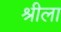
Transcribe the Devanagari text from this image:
श्रीला